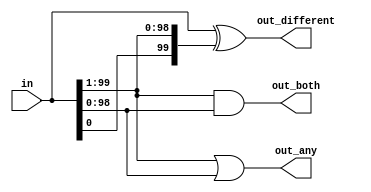
module top_module(
    input [99:0]in,
    output [98:0] out_both,
    output [99:1] out_any,
    output [99:0] out_different   
);
// 0000
// 3210
// module top_module(
//     input [3:0]in,
//     output [2:0] out_both,
//     output [3:1] out_any,
//     output [3:0] out_different   
assign out_both=in[99:1]&in[98:0];
// assign out_both={(in[3]&in[2]),(in[2]&in[1]),(in[1]&in[0])};

assign out_any=in[99:1]|in[98:0];
// assign out_any={(in[3]|in[2]),(in[2]|in[1]),(in[1]|in[0])};

assign out_different=in[99:0]^{in[0],in[99:1]};
// assign out_different={(in[0]^in[3]),(in[3]^in[2]),(in[2]^in[1]),(in[1]^in[0])};


endmodule